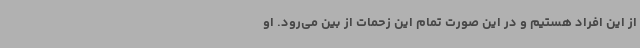
از این افراد هستیم و در این صورت تمام این زحمات از بین می‌رود. او